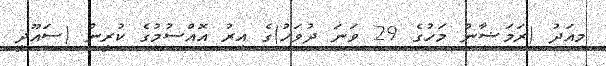
މިއަދު (ރަމަޟާން މަހުގެ 29 ވަނަ ދުވަހު)ގެ އިރު އޮއްސުމުގެ ކުރީން (ސައޫދީ